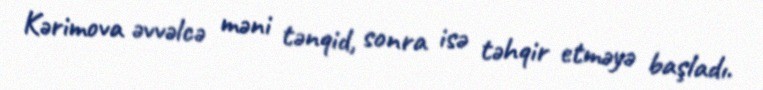
Kərimova əvvəlcə məni tənqid, sonra isə təhqir etməyə başladı.